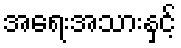
အရေးအသားနှင့်